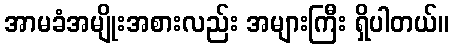
အာမခံအမျိုးအစားလည်း အများကြီး ရှိပါတယ်။